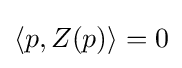
\langle p,Z(p)\rangle =0